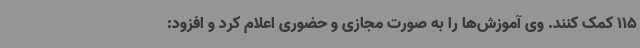
115 کمک کنند. وی آموزش‌ها را به صورت مجازی و حضوری اعلام کرد و افزود: